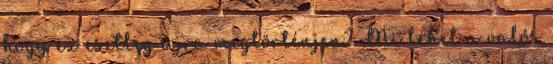
hogy ez esetleg újra megtörténjen? Mi lehet a valós